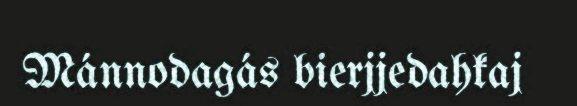
Mánnodagás bierjjedahkaj